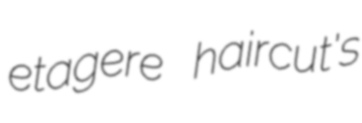
etagere haircut's